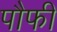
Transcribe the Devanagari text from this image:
पौफी